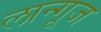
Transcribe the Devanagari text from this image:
लान्गूज